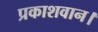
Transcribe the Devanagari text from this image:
प्रकाशवान।